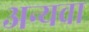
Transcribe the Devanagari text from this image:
अन्यवा